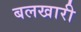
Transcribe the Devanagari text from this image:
बलखारी